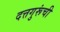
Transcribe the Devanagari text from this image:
दत्तगुरूंची